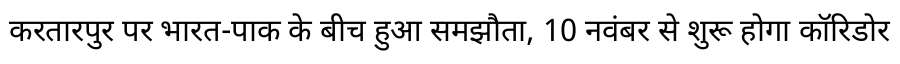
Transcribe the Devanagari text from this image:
करतारपुर पर भारत-पाक के बीच हुआ समझौता, 10 नवंबर से शुरू होगा कॉरिडोर